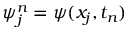
\psi _ { j } ^ { n } = \psi ( x _ { j } , t _ { n } )